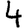
Digit: 4